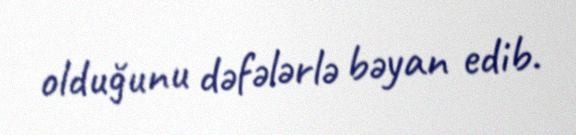
olduğunu dəfələrlə bəyan edib.